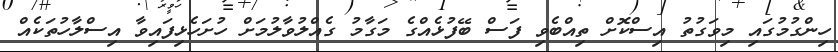
ހިންގުމުގައި މިވަގުތު އިސްކޮށް ތިއްބެވި ފަސް ބޭފުޅެއްގެ މަގާމު ގެއްލުވާލުމަށް ހުށަހެޅިފައިވާ އިސްލާހުތަކެއް